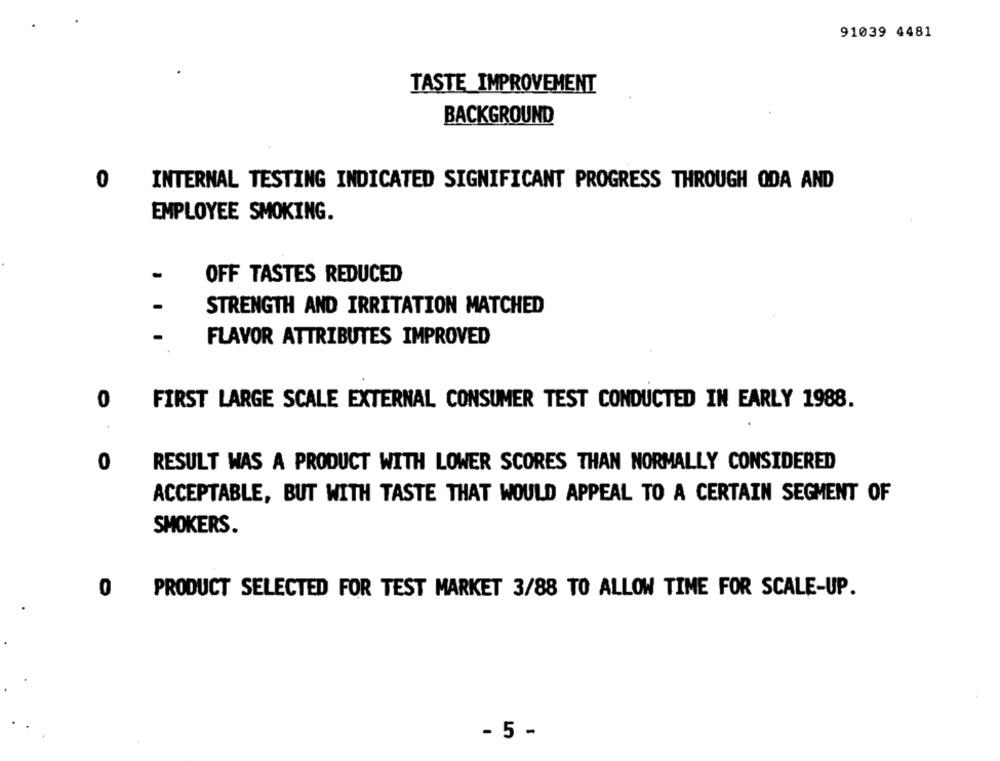
91039 4481
TASTE IMPROVEMENT
BACKGROUND
0
INTERNAL TESTING INDICATED SIGNIFICANT PROGRESS THROUGH ODA AND
EMPLOYEE SMOKING.
OFF TASTES REDUCED
STRENGTH AND IRRITATION MATCHED
FLAVOR ATTRIBUTES IMPROVED
0
FIRST LARGE SCALE EXTERNAL CONSUMER TEST CONDUCTED IN EARLY 1988.
0
RESULT WAS A PRODUCT WITH LOWER SCORES THAN NORMALLY CONSIDERED
ACCEPTABLE, BUT WITH TASTE THAT WOULD APPEAL TO A CERTAIN SEGMENT OF
SMOKERS.
0 PRODUCT SELECTED FOR TEST MARKET 3/88 TO ALLOW TIME FOR SCALE-UP.
- 5 -